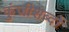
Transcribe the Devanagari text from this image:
कुंजीशब्दों